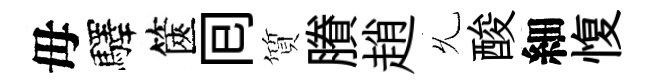
毋驛篋囘質賸趙𠃔酸細愎